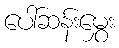
ပေါ်ဆန်းမွှေး